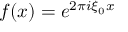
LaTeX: f ( x ) = e ^ { 2 \pi i \xi _ { 0 } x }